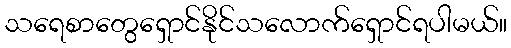
သရေစာတွေရှောင်နိုင်သလောက်ရှောင်ရပါမယ်။